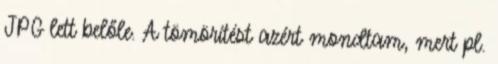
JPG lett belőle. A tömörítést azért mondtam, mert pl.